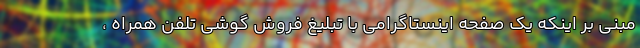
مبنی بر اینکه یک صفحه اینستاگرامی با تبلیغ فروش گوشی تلفن همراه ،